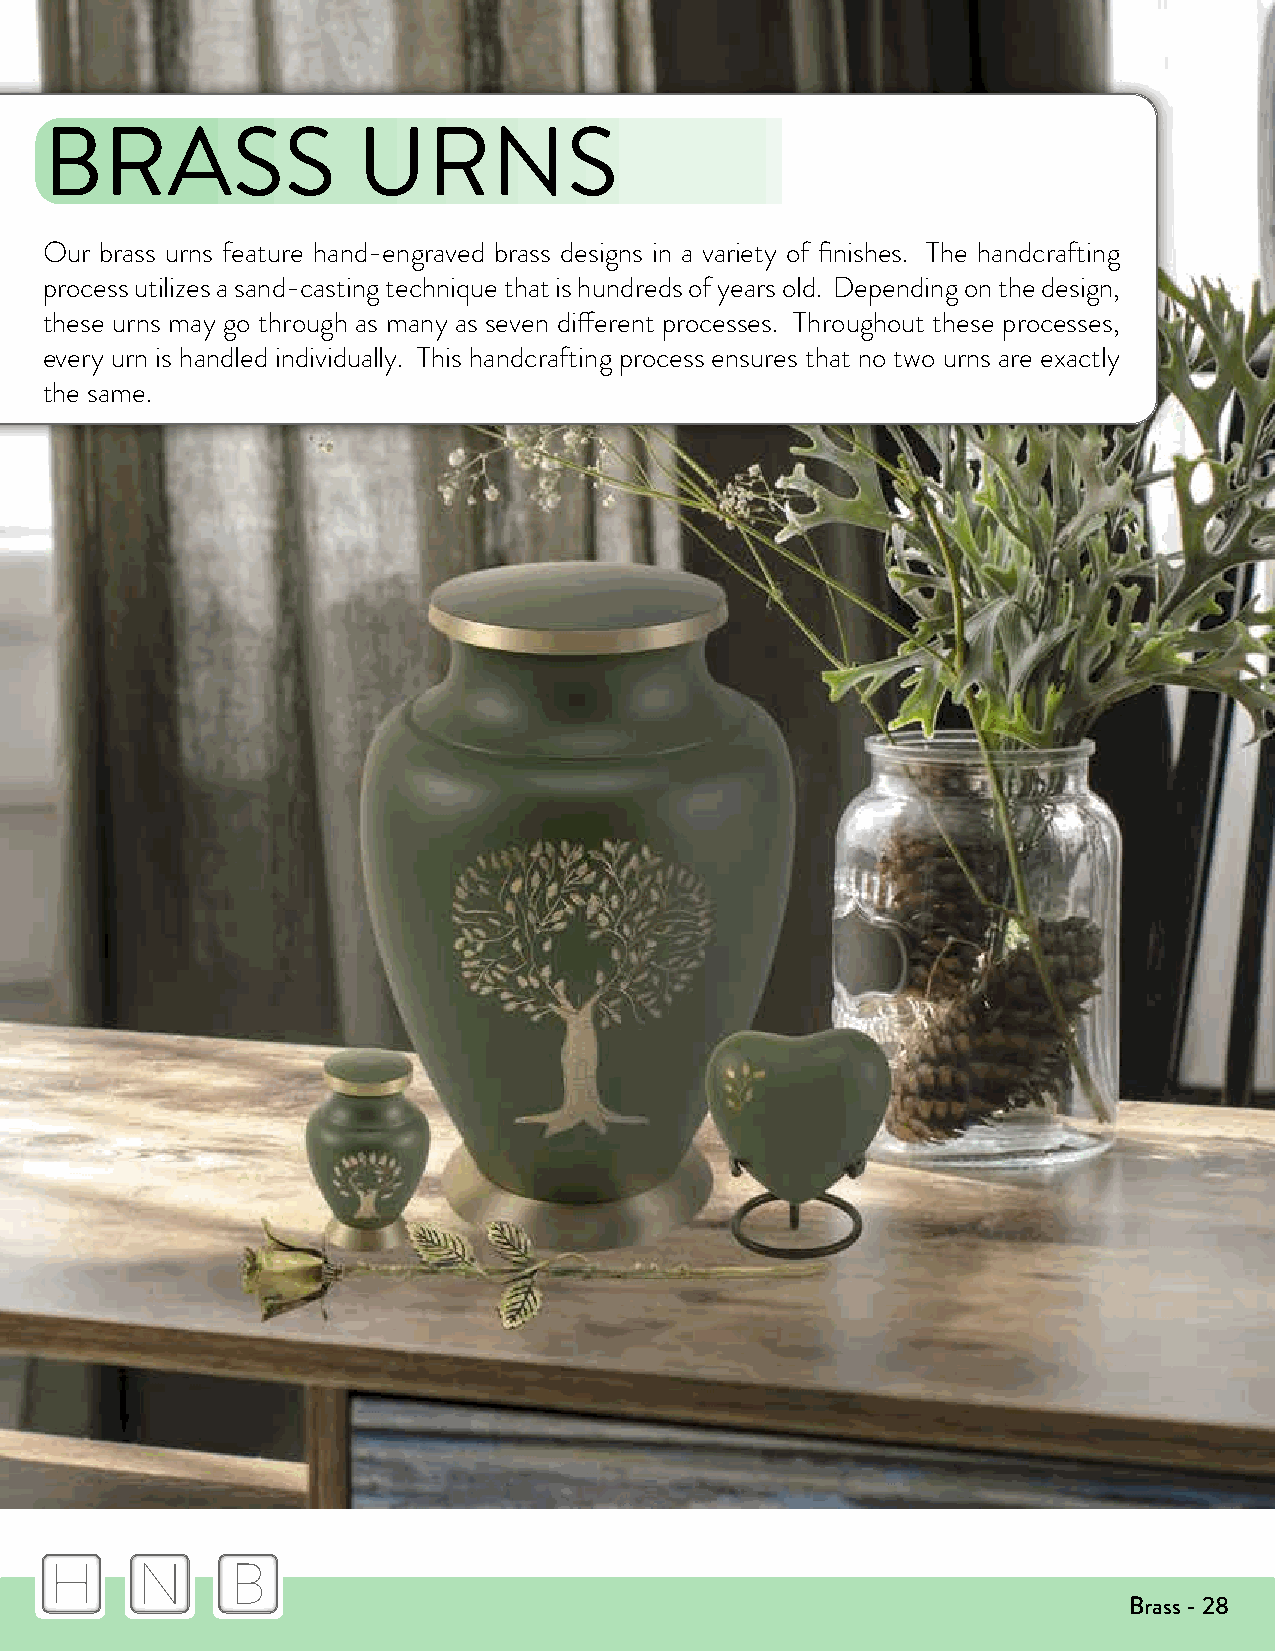
BRASS                URNS
 Our brass urns feature hand-engraved brass designs in a variety of finishes. The handcrafting
 process utilizes a sand-casting technique that is hundreds of years old. Depending on the design,
 these urns may go through as many as seven different processes. Throughout these processes,
 every urn is handled individually. This handcrafting process ensures that no two urns are exactly
 the same.
 H     N     B
 Brass - 28